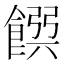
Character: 𩜹